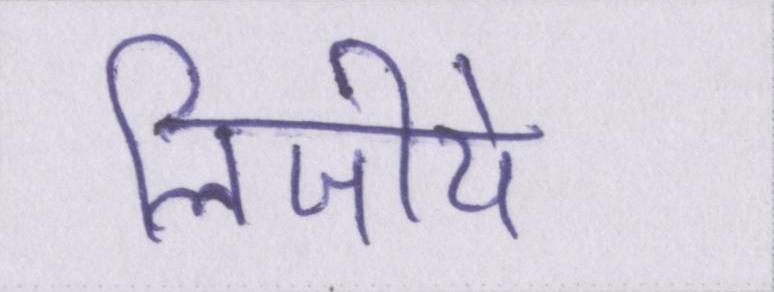
लिजीये